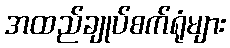
အထည်ချုပ်စက်ရုံများ